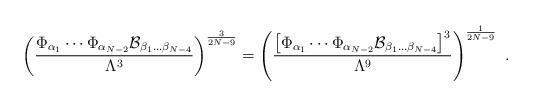
LaTeX: \begin{align*}\left({\Phi_{\alpha_1}\cdots\Phi_{\alpha_{N-2}} {\cal B}_{\beta_1\dots\beta_{N-4}}\over \Lambda^3}\right)^{3\over{2N-9}}= \left({\left[\Phi_{\alpha_1}\cdots\Phi_{\alpha_{N-2}} {\cal B}_{\beta_1\dots\beta_{N-4}}\right]^3\over \Lambda^9}\right)^{1\over{2N-9}}~.\end{align*}